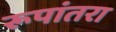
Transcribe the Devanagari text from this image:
रूपांतरा